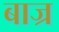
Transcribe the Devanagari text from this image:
बाज्र